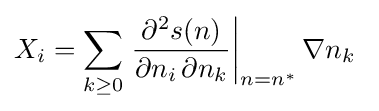
X_{i}=\sum _{k\geq 0}\left.{\frac {\partial ^{2}s(n)}{\partial n_{i}\,\partial n_{k}}}\right|_{n=n^{*}}\nabla n_{k}\